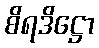
စိရဒိဋ္ဌော